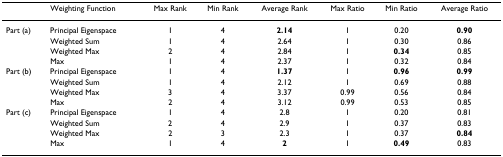
<table><thead><tr><td></td><td><b>Weighting Function</b></td><td><b>Max Rank</b></td><td><b>Min Rank</b></td><td><b>Average Rank</b></td><td><b>Max Ratio</b></td><td><b>Min Ratio</b></td><td><b>Average Ratio</b></td></tr></thead><tbody><tr><td>Part (a)</td><td>Principal Eigenspace</td><td>1</td><td>4</td><td><b>2.14</b></td><td>1</td><td>0.20</td><td><b>0.90</b></td></tr><tr><td></td><td>Weighted Sum</td><td>1</td><td>4</td><td>2.64</td><td>1</td><td>0.30</td><td>0.86</td></tr><tr><td></td><td>Weighted Max</td><td>2</td><td>4</td><td>2.84</td><td>1</td><td><b>0.34</b></td><td>0.85</td></tr><tr><td></td><td>Max</td><td>1</td><td>4</td><td>2.37</td><td>1</td><td>0.32</td><td>0.84</td></tr><tr><td>Part (b)</td><td>Principal Eigenspace</td><td>1</td><td>4</td><td><b>1.37</b></td><td>1</td><td><b>0.96</b></td><td><b>0.99</b></td></tr><tr><td></td><td>Weighted Sum</td><td>1</td><td>4</td><td>2.12</td><td>1</td><td>0.69</td><td>0.88</td></tr><tr><td></td><td>Weighted Max</td><td>3</td><td>4</td><td>3.37</td><td>0.99</td><td>0.56</td><td>0.84</td></tr><tr><td></td><td>Max</td><td>2</td><td>4</td><td>3.12</td><td>0.99</td><td>0.53</td><td>0.85</td></tr><tr><td>Part (c)</td><td>Principal Eigenspace</td><td>1</td><td>4</td><td>2.8</td><td>1</td><td>0.20</td><td>0.81</td></tr><tr><td></td><td>Weighted Sum</td><td>2</td><td>4</td><td>2.9</td><td>1</td><td>0.37</td><td>0.83</td></tr><tr><td></td><td>Weighted Max</td><td>2</td><td>3</td><td>2.3</td><td>1</td><td>0.37</td><td><b>0.84</b></td></tr><tr><td></td><td>Max</td><td>1</td><td>4</td><td><b>2</b></td><td>1</td><td><b>0.49</b></td><td>0.83</td></tr></tbody></table>